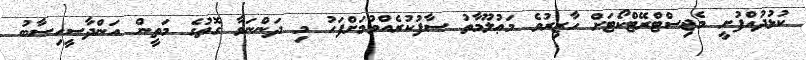
ކުޅުދުއްފުށީ މެޖިސްޓްރޭޓްކޯޓަށް ހާޒިރުވެ މަޢުލޫމާތު ސާފުކުރެއްވުމަށްފަހު މި ދަންނަވާ ގޮތުގެ މަތީން އަންދާސީހިސާބު